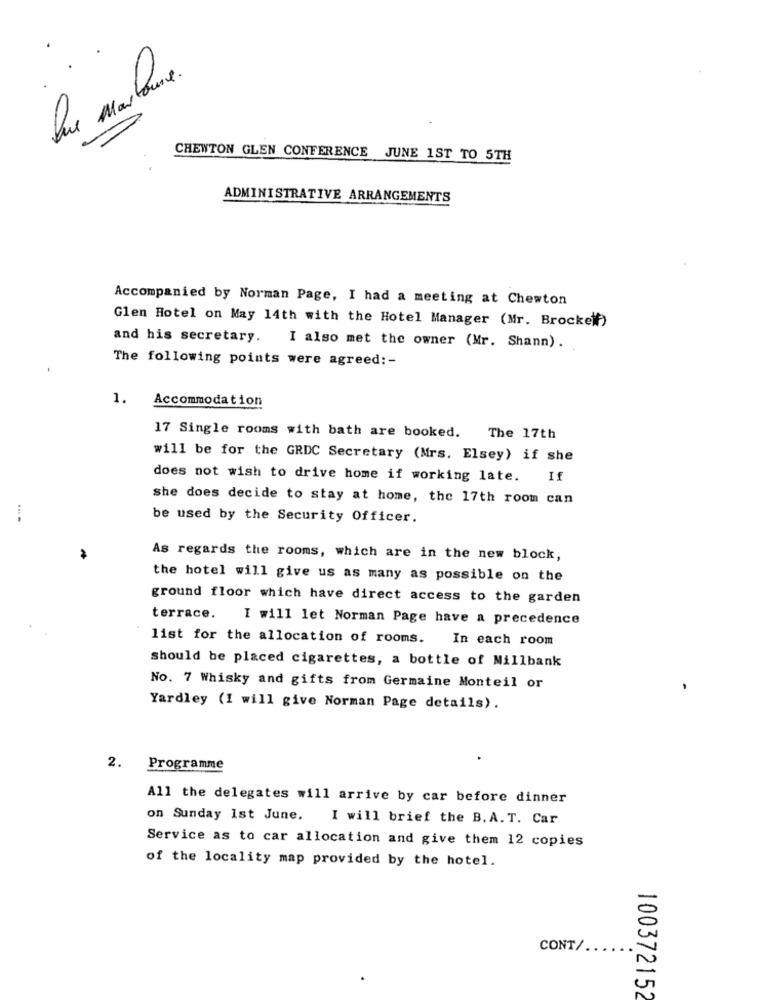
Que mailQue
CHEWTON GLEN CONFERENCE JUNE 1ST TO 5TH
ADMINISTRATIVE ARRANGEMENTS
Accompanied by Norman Page, I had a meeting at Chewton
Glen Hotel on May 14th with the Hotel Manager (Mr. Brockelf)
and his secretary.
I also met the owner (Mr. Shann) .
The following points were agreed: -
1.
Accommodation
17 Single rooms with bath are booked. The 17th
will be for the GRDC Secretary (Mrs. Elsey) if she
does not wish to drive home if working late. If
she does decide to stay at home, the 17th room can
be used by the Security Officer.
As regards the rooms, which are in the new block,
the hotel will give us as many as possible on the
ground floor which have direct access to the garden
terrace. I will let Norman Page have a precedence
list for the allocation of rooms. In each room
should be placed cigarettes, a bottle of Millbank
No. 7 Whisky and gifts from Germaine Monteil or
Yardley (I will give Norman Page details).
2.
Programme
All the delegates will arrive by car before dinner
on Sunday 1st June.
I will brief the B.A. T. Car
Service as to car allocation and give them 12 copies
of the locality map provided by the hotel.
CONT/ ...
100372152